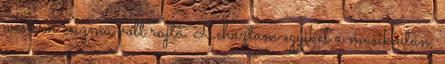
western csizma volt rajta. Lehúztam egyiket a másik után,